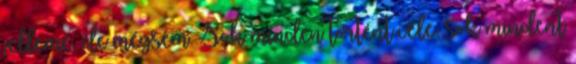
jelleme, de mégsem. Sok minden történt vele, sok mindent